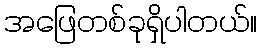
အဖြေတစ်ခုရှိပါတယ်။